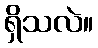
ရှိသလဲ။